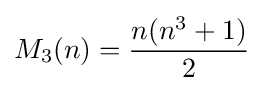
M_{3}(n)={\frac {n(n^{3}+1)}{2}}